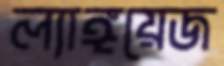
ল্যাঙ্গয়েজ